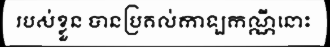
របស់ខ្លួន បានប្រគល់កាឡកណ្ណីនោះ